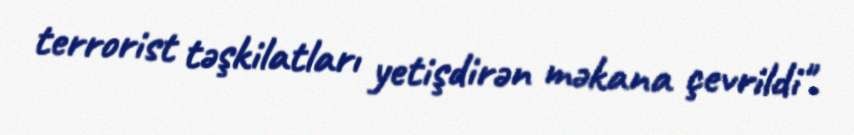
terrorist təşkilatları yetişdirən məkana çevrildi".